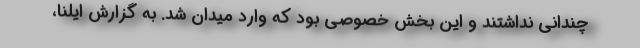
چندانی نداشتند و این بخش خصوصی بود که وارد میدان شد. به گزارش ایلنا،